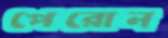
পেরোন